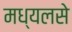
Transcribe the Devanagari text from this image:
मध्यलसे